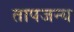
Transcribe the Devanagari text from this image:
तापजन्य